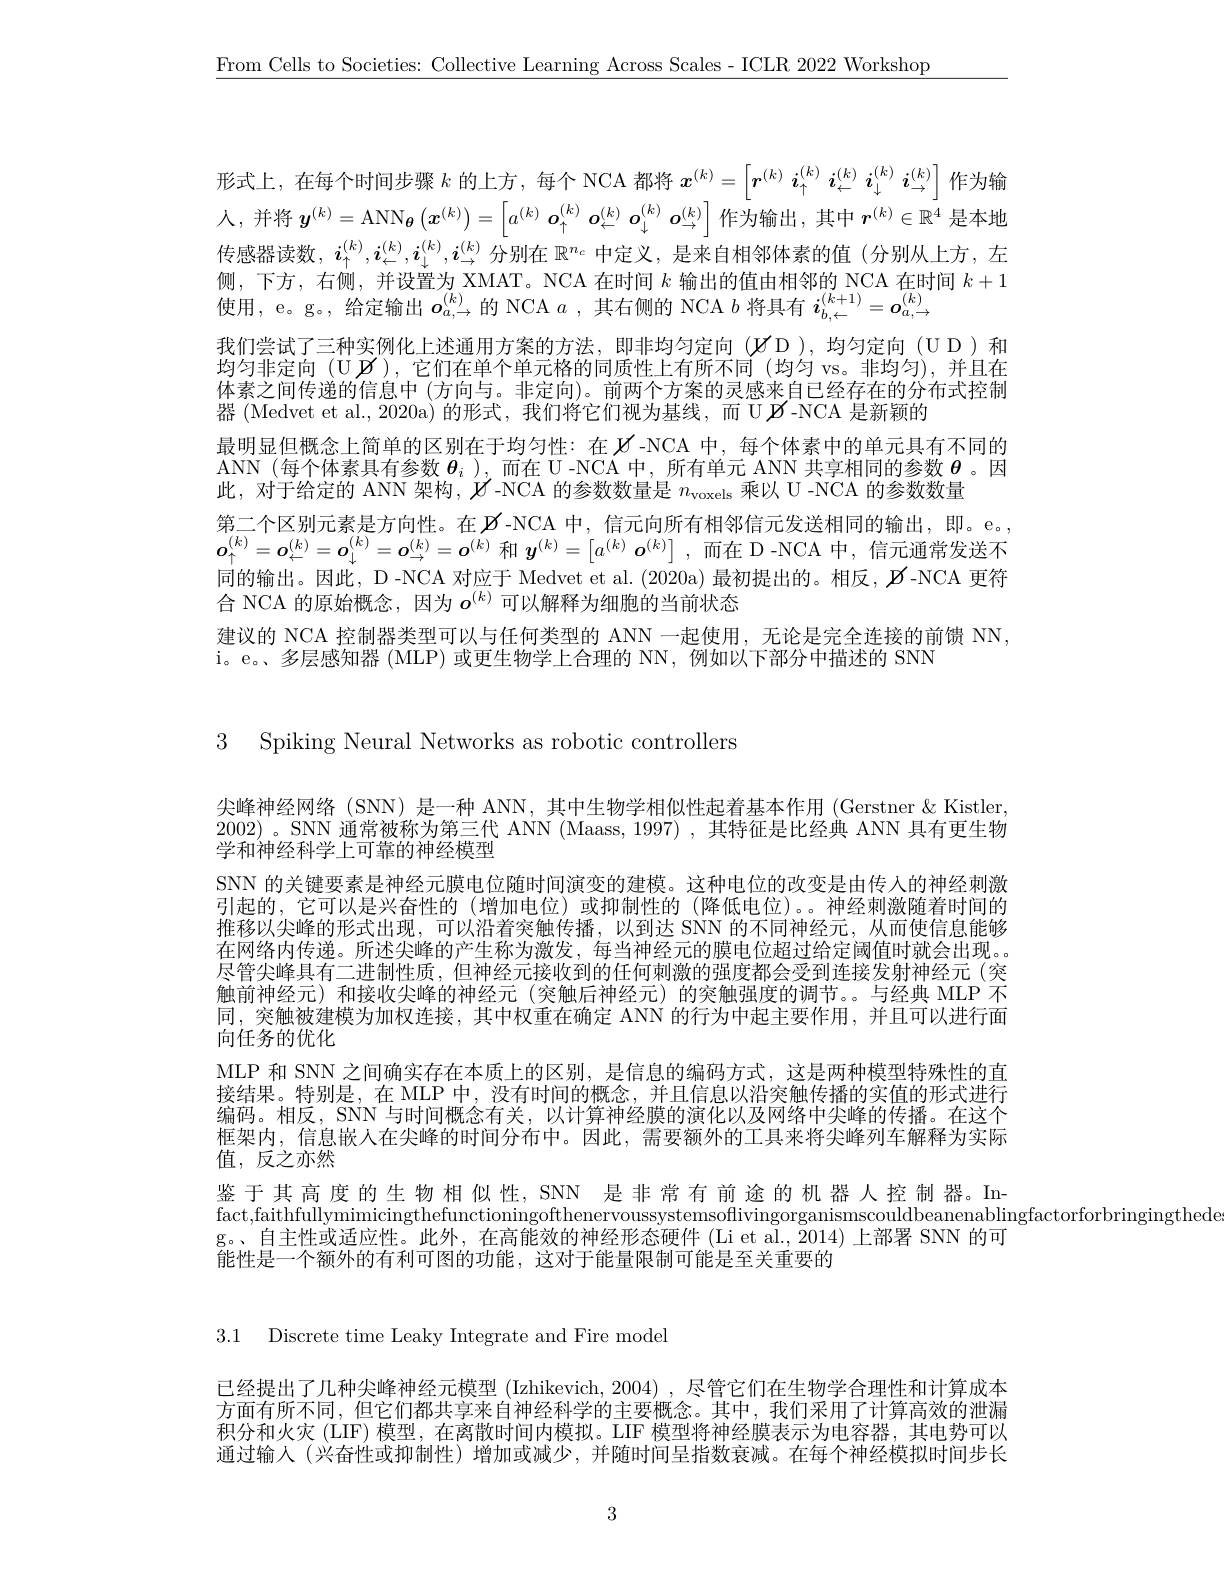
$\underline{\text{From Cells to Societies: Collective Learning Across Scales- ICLR 2022 Workshop}}$

形式上，在每个时间步骤$k$的上方，每个 NCA 都将$x^(k)=\left\lceil\boldsymbol{r}^{(k)}\boldsymbol{i}_{\uparrow}^{(k)}\boldsymbol{i}_{\leftarrow}^{(k)}\boldsymbol{i}_{\downarrow}^{(k)}\boldsymbol{i}_{\rightarrow}^{(k)}\right\rceil$作为输

我们尝试了三种实例化上述通用方案的方法，即非均匀定向($\mathscr{U}$D),均匀定向(UD)和均匀非定向 (U$\mathscr{B}$),它们在单个单元格的同质性上有所不同 (均匀 vs。非均匀),并且在

人，并将$\boldsymbol y^(k)=\mathrm{ANN}_{\boldsymbol{\theta}}\left(\boldsymbol{x}^{(k)}\right)=\left[a^{(k)}\boldsymbol{o}_{\uparrow}^{(k)}\boldsymbol{o}_{\leftarrow}^{(k)}\boldsymbol{o}_{\downarrow}^{(k)}\boldsymbol{o}_{\downarrow}^{(k)}\boldsymbol{o}_{\downarrow}^{(k)}\right]$作为输出，其中$\boldsymbol r^(k)\in\mathbb{R}^4$是本地传感器读数，$i_\uparrow^{(k)},i_{\leftarrow}^{(k)},i_{\downarrow}^{(k)},i_{\leftarrow}^{(k)}$分别在 $\mathbb{R}^n_c$ 中定义，是来自相邻体素的值(分别从上方，左侧，下方，右侧，并设置为 XMAT。NCA 在时间$k$输出的值由相邻的 NCA 在时间$k+1$ 使用，e。g。, 给定输出$o_a,\to$的 NCA $a$ ,其右侧的 NCA $b$将具有$i_b,\leftarrow^{(k+1)}=\boldsymbol{o}_{a,\rightarrow}^{(k)}$
体素之间传递的信息中 (方向与。非定向)。前两个方案的灵感来自已经存在的分布式控制
器 (Medvet et al.,2020a)的形式，我们将它们视为基线，而 U $\mathscr{B}$-NCA 是新颖的
最明显但概念上简单的区别在于均匀性：在$\mathscr{U}$-NCA 中，每个体素中的单元具有不同的ANN (每个体素具有参数$\boldsymbol{\theta}_i$ ),而在 U -NCA 中，所有单元 ANN 共享相同的参数$\boldsymbol{\theta}$ 。因此，对于给定的 ANN 架构，$\mathscr{V}$-NCA 的参数数量是$n_\mathrm{voxels}$乘以 U -NCA 的参数数量
第二个区别元素是方向性。在$\beta$-NCA 中，信元向所有相邻信元发送相同的输出，即。e。, $\boldsymbol{o}_{\uparrow}^{(k)}=\boldsymbol{o}_{\leftarrow}^{(k)}=\boldsymbol{o}_{\downarrow}^{(k)}=\boldsymbol{o}_{\perp}^{(k)}=\boldsymbol{o}_{\perp}^{(k)}=\boldsymbol{o}^{(k)}$和$\boldsymbol{y}^{(k)}=\begin{bmatrix}a^{(k)}\boldsymbol{o}^{(k)}\end{bmatrix}$,而在 D -NCA 中，信元通常发送不同的输出。因此，D -NCA 对应于 Medvet et al. (2020a) 最初提出的。相反，$\mathscr{B}$ -NCA 更符合 NCA 的原始概念，因为$o^{(k)}$可以解释为细胞的当前状态
建议的 NCA 控制器类型可以与任何类型的 ANN 一起使用，无论是完全连接的前馈 NN,
i。e。、多层感知器 (MLP) 或更生物学上合理的 NN, 例如以下部分中描述的 SNN

3 Spiking Neural Networks as robotic controllers

尖峰神经网络(SNN) 是一种 ANN, 其中生物学相似性起着基本作用 (Gerstner&Kistler. 2002)。SNN 通常被称为第三代 ANN (Maass, 1997) ,其特征是比经典 ANN 具有更生物学和神经科学上可靠的神经模型
SNN 的关键要素是神经元膜电位随时间演变的建模。这种电位的改变是由传人的神经刺激引起的，它可以是兴奋性的(增加电位)或抑制性的(降低电位)。。神经刺激随着时间的推移以尖峰的形式出现，可以沿着突触传播，以到达 SNN 的不同神经元，从而使信息能够在网络内传递。所述尖峰的产生称为激发，每当神经元的膜电位超过给定阈值时就会出现。尽管尖峰具有二进制性质，但神经元接收到的任何刺激的强度都会受到连接发射神经元(突触前神经元)和接收尖峰的神经元(突触后神经元)的突触强度的调节。。与经典 MLP 不同，突触被建模为加权连接，其中权重在确定 ANN 的行为中起主要作用，并且可以进行面向任务的优化
MLP 和 SNN 之间确实存在本质上的区别，是信息的编码方式，这是两种模型特殊性的直接结果。特别是，在 MLP 中，没有时间的概念，并且信息以沿突触传播的实值的形式进行编码。相反，SNN 与时间概念有关，以计算神经膜的演化以及网络中尖峰的传播。在这个框架内，信息嵌入在尖峰的时间分布中。因此，需要额外的工具来将尖峰列车解释为实际值，反之亦然
鉴于其高度的生物相似性，SNN 是非常有前途的机器人控制器。In-
fact,faithfullymimicingthefunctioningofthenervoussystemsoflivingorganismscouldbeanenablingfactorforbringingtheder,
g。、自主性或适应性。此外，在高能效的神经形态硬件 (Li et al., $\bar{2}014)$上部署 SNN 的可
能性是一个额外的有利可图的功能，这对于能量限制可能是至关重要的

3.1 Discrete time Leaky Integrate and Fire model

已经提出了几种尖峰神经元模型 (Izhikevich, 2004) ,尽管它们在生物学合理性和计算成本方面有所不同，但它们都共享来自神经科学的主要概念。其中，我们采用了计算高效的泄漏积分和火灾 (LIF) 模型，在离散时间内模拟。LIF 模型将神经膜表示为电容器，其电势可以通过输人(兴奋性或抑制性)增加或减少，并随时间呈指数衰减。在每个神经模拟时间步长

3